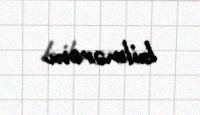
bilmərəm.